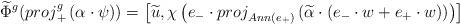
LaTeX: \begin{align*}\widetilde{\Phi}^g ( {proj}_+^g \left({\alpha} \cdot \psi \right)) = \left[\widetilde{u}, \chi \left(e_- \cdot {proj}_{Ann(e_+)}\left({\widetilde{\alpha}} \cdot (e_- \cdot w + e_+ \cdot w)\right)\right) \right] \end{align*}